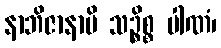
နာဘိဇာနာမိ သဉ္စိစ္စ ပါဏံ၊